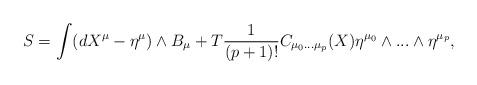
LaTeX: \begin{align*}S =\int (dX^{\mu }-\eta ^{\mu })\wedge B_{\mu }+T\frac{1}{(p+1)!}C_{\mu _{0}...\mu _{p}}(X)\eta ^{\mu _{0}}\wedge...\wedge \eta ^{\mu _{p}},\end{align*}